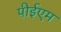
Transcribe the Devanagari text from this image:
पीईएम